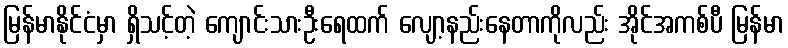
မြန်မာနိုင်ငံမှာ ရှိသင့်တဲ့ ကျောင်းသားဦးရေထက် လျော့နည်းနေတာကိုလည်း အိုင်အကစ်ပီ မြန်မာ